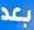
بعد